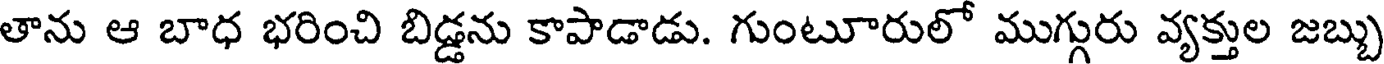
తాను ఆ బాధ భరించి బిడ్డను కాపాడాడు. గుంటూరులో ముగ్గురు వ్యక్తుల జబ్బు